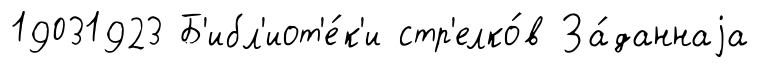
19031923 Б'ибл'иот'е́к'и стр'елко́в За́даннаjа